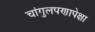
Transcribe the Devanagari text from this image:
चांगुलपणापेक्षा